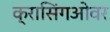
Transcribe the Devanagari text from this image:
क्रासिंगओवर